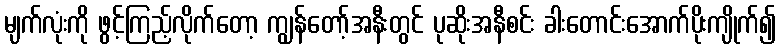
မျက်လုံးကို ဖွင့်ကြည့်လိုက်တော့ ကျွန်တော့်အနီးတွင် ပုဆိုးအနီစင်း ခါးတောင်းအောက်ပိုးကျိုက်၍